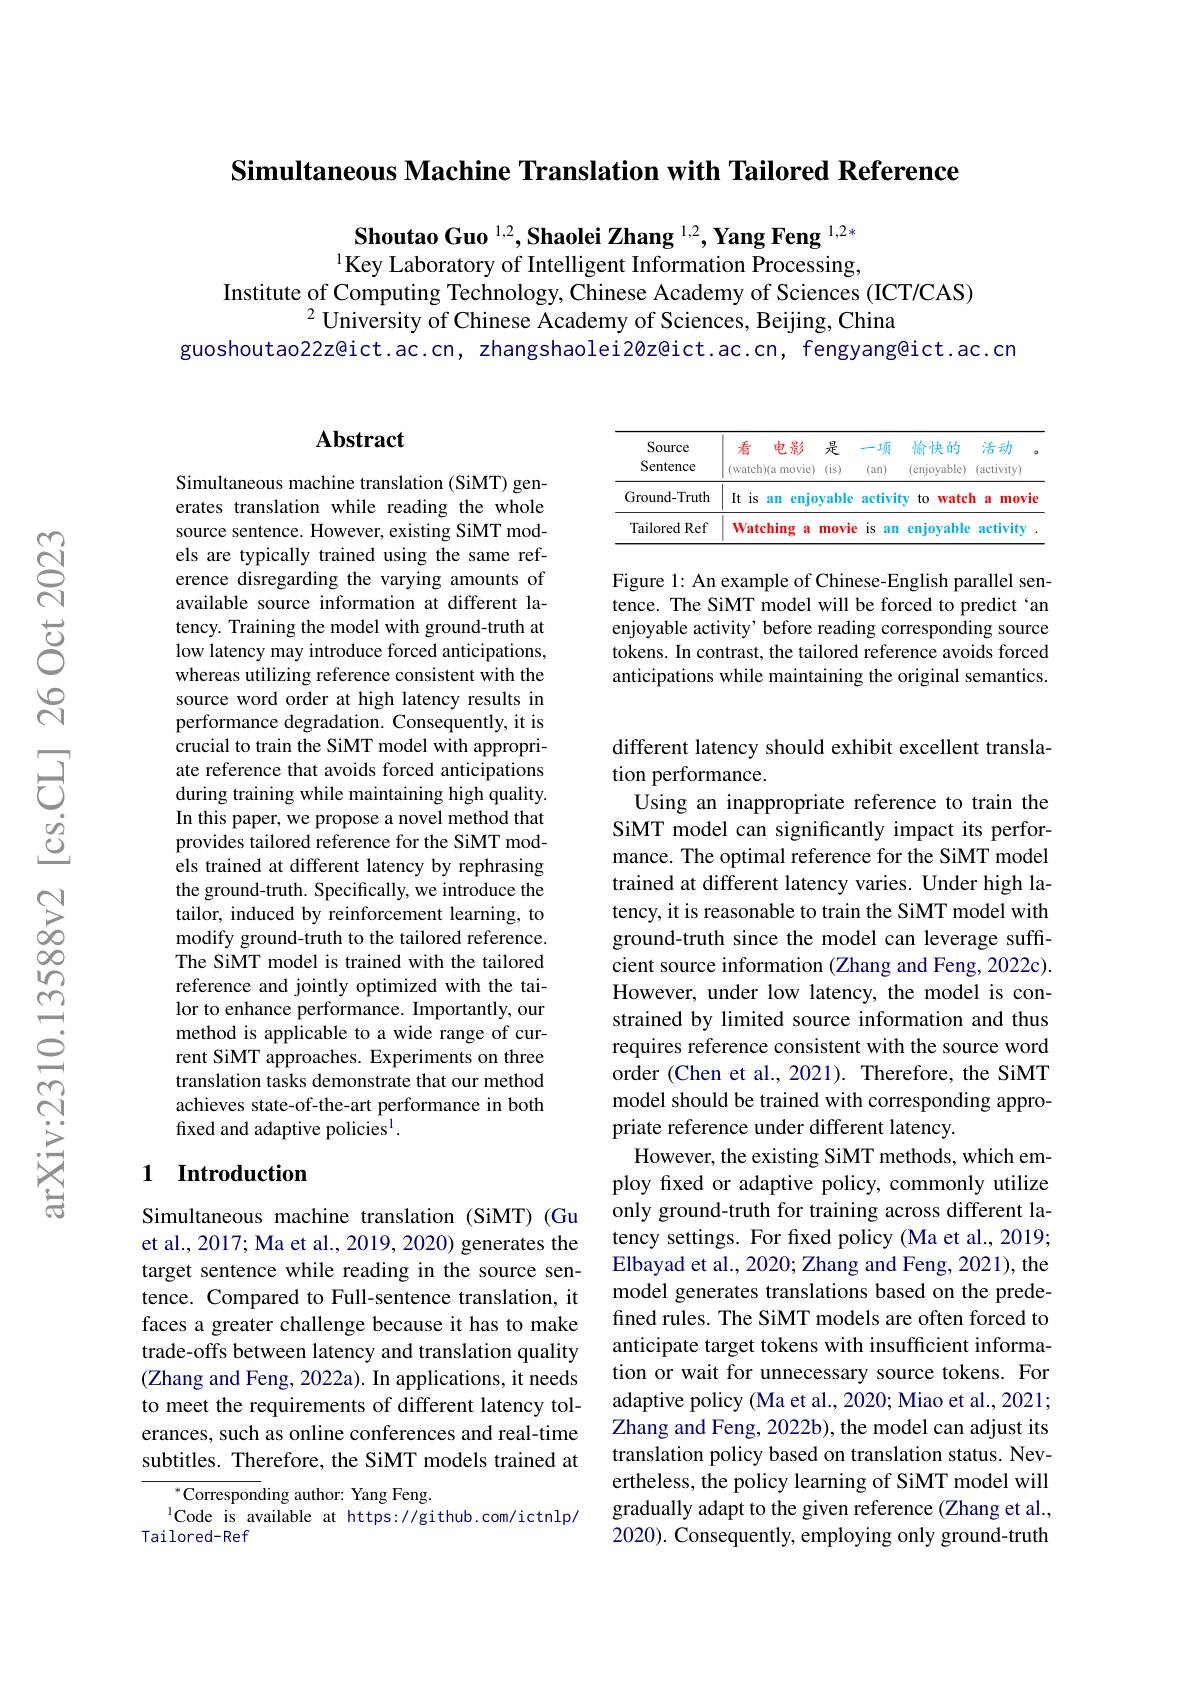
Simultaneous Machine Translation with Tailored Reference

Shoutao Guo $^{1,2},\textbf{Shaolei Zhang }^{1,2},\textbf{Yang Feng }^{1,2*}$ 1Key Laboratory of Intelligent Information Processing,

Institute of Computing Technology, Chinese Academy of Sciences (ICT/CAS)
$^{2}$University of Chinese Academy of Sciences, Beijing, China
guoshoutao22z@ict.ac.cn, zhangshaolei20z@ict.ac.cn, fengyang@ict.ac.cn

## Abstract

Simultaneous machine translation (SiMT) generates translation while reading the whole source sentence. However, existing SiMT models are typically trained using the same reference disregarding the varying amounts of available source information at different latency. Training the model with ground-truth at low latency may introduce forced anticipations, whereas utilizing reference consistent with the source word order at high latency results in performance degradation. Consequently, it is crucial to train the SiMT model with appropriate reference that avoids forced anticipations during training while maintaining high quality. In this paper, we propose a novel method that provides tailored reference for the SiMT models trained at different latency by rephrasing the ground-truth. Specifically, we introduce the tailor, induced by reinforcement learning, to modify ground-truth to the tailored reference. The SiMT model is trained with the tailored reference and jointly optimized with the tailor to enhance performance. Importantly, our method is applicable to a wide range of current SiMT approaches. Experiments on three translation tasks demonstrate that our method achieves state-of-the-art performance in both fixed and adaptive policies$^1.$

## 1 Introduction

Simultaneous machine translation (SiMT) (Gu et al., 2017; Ma et al., 2019, 2020) generates the target sentence while reading in the source sentence. Compared to Full-sentence translation, it faces a greater challenge because it has to make trade-offs between latency and translation quality (Zhang and Feng, 2022a). In applications, it needs to meet the requirements of different latency tolerances, such as online conferences and real-time subtitles. Therefore, the SiMT models trained at

$^*$Corresponding author: Yang Feng.
$^{1}$Code is available at https://github.com/ictnlp/
Tailored-Ref

<table>
	<tbody>
		<tr>
			<th>Source Sentence</th>
			<th>看 电影 Watch)(a monter movie)</th>
			<th>是 (is)</th>
			<th>项 (an) 14 T</th>
			<th>项 $(an)$</th>
			<th>愉快的 (enjoyable)</th>
			<th>活动 (activity)</th>
			<th> </th>
		</tr>
		<tr>
			<td>Ground-Truth</td>
			<td>It $is$ enjo an</td>
			<td>yable</td>
			<td>activi</td>
			<td>activit</td>
			<td>to $[\mathbf{y}$ Watch</td>
			<td>1 a $m0V$</td>
			<td>ie</td>
		</tr>
		<tr>
			<td>Tailored Ref</td>
			<td colspan="7">Watching a movie $1S$ an 1 enjovable activitv</td>
		</tr>
	</tbody>
</table>

Figure 1: An example of Chinese-English parallel sentence. The SiMT model will be forced to predict`an enjoyable activity' before reading corresponding source tokens. In contrast, the tailored reference avoids forced anticipations while maintaining the original semantics.

different latency should exhibit excellent transla-
## tion performance.
Using an inappropriate reference to train the

SiMT model can significantly impact its performance. The optimal reference for the SiMT model trained at different latency varies. Under high latency, it is reasonable to train the SiMT model with ground-truth since the model can leverage suffcient source information (Zhang and Feng, 2022c). However, under low latency, the model is constrained by limited source information and thus requires reference consistent with the source word order (Chen et al., 2021). Therefore, the SiMT model should be trained with corresponding appropriate reference under different latency.
However, the existing SiMT methods, which employ fixed or adaptive policy, commonly utilize only ground-truth for training across different latency settings. For fxed policy (Ma et al., 2019; Elbayad et al., 2020; Zhang and Feng, 2021), the model generates translations based on the predefined rules. The SiMT models are often forced to anticipate target tokens with insufficient information or wait for unnecessary source tokens. For adaptive policy (Ma et al., 2020; Miao et al., 2021; Zhang and Feng, 2022b), the model can adjust its translation policy based on translation status. Nevertheless, the policy learning of SiMT model will gradually adapt to the given reference (Zhang et al., 2020). Consequently, employing only ground-truth